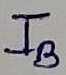
Text: IB